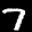
Label: 7